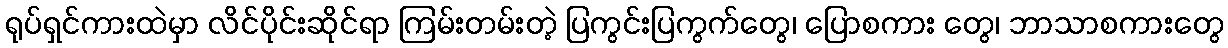
ရုပ်ရှင်ကားထဲမှာ လိင်ပိုင်းဆိုင်ရာ ကြမ်းတမ်းတဲ့ ပြကွင်းပြကွက်တွေ၊ ပြောစကား တွေ၊ ဘာသာစကားတွေ